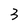
Character: 3